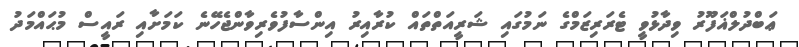
ޢަބްދުލްޣަފޫރު ވިދާޅުވީ ޓެރަރިޒަމްގެ ނަމުގައި ޝަރީއަތްތައް ކުރާއިރު އިންސާފުވެރިވާންޖެހޭނެ ކަމަށާއި ރައީސް މުޙައްމަދު